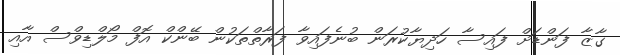
ގާޒާ ފަންޑަށް ފައިސާ ހަދިޔާކުރަން ބުނެފައިވާ ފަރާތްތަކުން ބޭންކް އޮފް މޯލްޑިވްސް އާއި